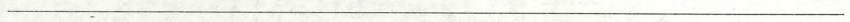
___